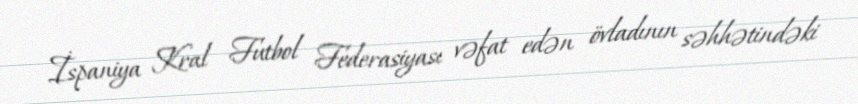
İspaniya Kral Futbol Federasiyası vəfat edən övladının səhhətindəki